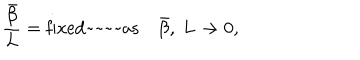
{ \frac { \bar { \beta } } { L } } = \mathrm { f i x e d ~ a s } \quad { \bar { \beta } } , ~ L \rightarrow 0 ,